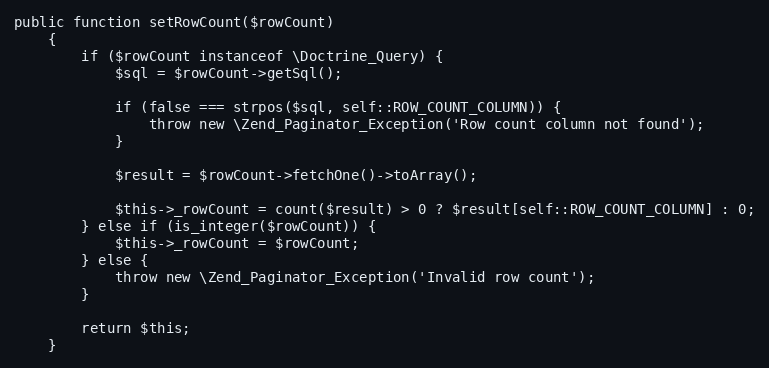
Language: PHP
public function setRowCount($rowCount)
    {
        if ($rowCount instanceof \Doctrine_Query) {
            $sql = $rowCount->getSql();

            if (false === strpos($sql, self::ROW_COUNT_COLUMN)) {
                throw new \Zend_Paginator_Exception('Row count column not found');
            }

            $result = $rowCount->fetchOne()->toArray();

            $this->_rowCount = count($result) > 0 ? $result[self::ROW_COUNT_COLUMN] : 0;
        } else if (is_integer($rowCount)) {
            $this->_rowCount = $rowCount;
        } else {
            throw new \Zend_Paginator_Exception('Invalid row count');
        }

        return $this;
    }